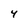
Character: Y